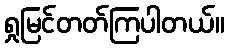
ရှုမြင်တတ်ကြပါတယ်။